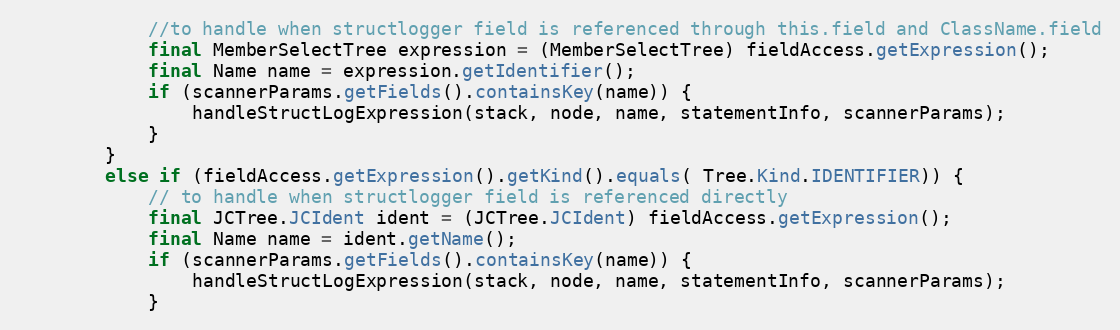
Language: Java
            //to handle when structlogger field is referenced through this.field and ClassName.field
            final MemberSelectTree expression = (MemberSelectTree) fieldAccess.getExpression();
            final Name name = expression.getIdentifier();
            if (scannerParams.getFields().containsKey(name)) {
                handleStructLogExpression(stack, node, name, statementInfo, scannerParams);
            }
        }
        else if (fieldAccess.getExpression().getKind().equals( Tree.Kind.IDENTIFIER)) {
            // to handle when structlogger field is referenced directly
            final JCTree.JCIdent ident = (JCTree.JCIdent) fieldAccess.getExpression();
            final Name name = ident.getName();
            if (scannerParams.getFields().containsKey(name)) {
                handleStructLogExpression(stack, node, name, statementInfo, scannerParams);
            }